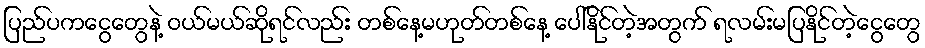
ပြည်ပကငွေတွေနဲ့ ဝယ်မယ်ဆိုရင်လည်း တစ်နေ့မဟုတ်တစ်နေ့ ပေါ်နိုင်တဲ့အတွက် ရလမ်းမပြနိုင်တဲ့ငွေတွေ